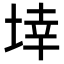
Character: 𭎬